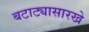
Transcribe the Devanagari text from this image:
बटाट्यासारखे